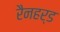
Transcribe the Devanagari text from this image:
रैनहर्ड